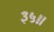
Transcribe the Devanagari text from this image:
३५॥